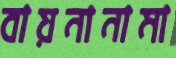
বায়নানামা